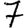
Digit: 7